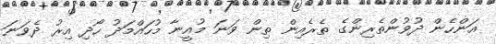
އަންހެން ދުވުންތެރިންގެ ތެރެއިން ތިން ވަނަ މުއީނާ މުހައްމަދު ހޯދި އިރު ދެވަނަ